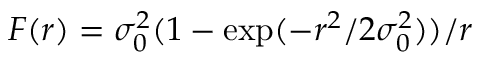
F ( r ) = \sigma _ { 0 } ^ { 2 } ( 1 - \exp ( - r ^ { 2 } / 2 \sigma _ { 0 } ^ { 2 } ) ) / r